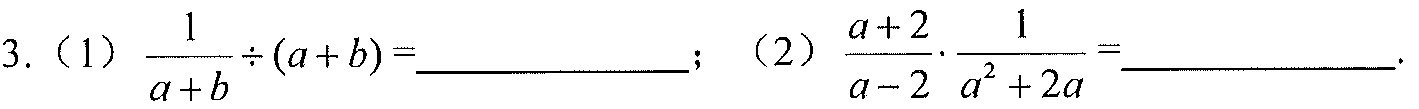
3.（1）\(\frac{1}{a + b}\div(a + b)=\underline{\quad\quad}\)；（2）\(\frac{a + 2}{a - 2}\cdot\frac{1}{a^{2}+2a}=\underline{\quad\quad}\)